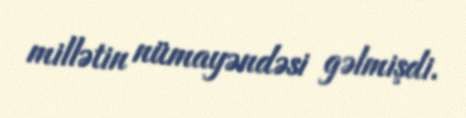
millətin nümayəndəsi gəlmişdi.